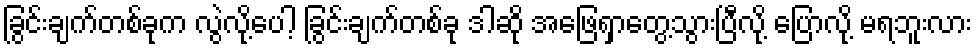
ခြွင်းချက်တစ်ခုက လွဲလို့ပေါ့ ခြွင်းချက်တစ်ခု ဒါဆို အဖြေရှာတွေ့သွားပြီလို့ ပြောလို့ မရဘူးလား